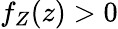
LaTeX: f_{Z}(z)>0